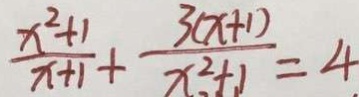
\frac { x ^ { 2 } + 1 } { x + 1 } + \frac { 3 ( x + 1 ) } { x ^ { 2 } + 1 } = 4